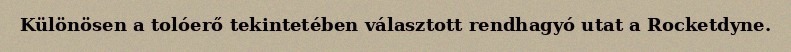
Különösen a tolóerő tekintetében választott rendhagyó utat a Rocketdyne.